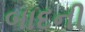
બાદની